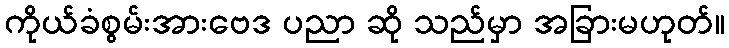
ကိုယ်ခံစွမ်းအားဗေဒ ပညာ ဆို သည်မှာ အခြားမဟုတ်။